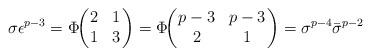
LaTeX: \begin{align*}\sigma \epsilon^{p-3} =\Phi\!\!\left(\!\!\begin{array}{cc} 2& 1\\1& 3 \end{array}\!\! \right) = \Phi\!\!\left(\!\!\begin{array}{cc} p-3& p-3\\2& 1 \end{array}\!\! \right) = \sigma^{p-4} \bar{\sigma}^{p-2}\end{align*}